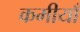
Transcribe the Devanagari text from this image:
कमीयाँ